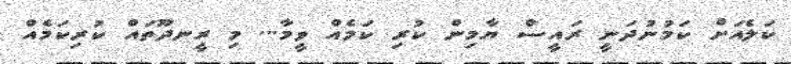
ކަލެއަށް ކަމުނުދަނީ ރައީސް ޔާމިން ކުރި ކަމެއް ވީމާ... މި ރީނދޫތައް ކުރިކަމެއް